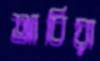
আবিয়া